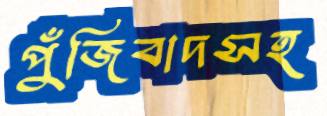
পুঁজিবাদসহ